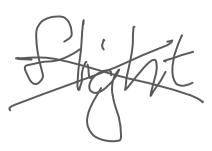
Text: flight
Cross-out: cross
Writing tool: digital_gray